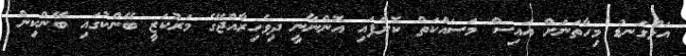
އަޅުގަނޑު މިހާތަނަށް އައިސް މަސައްކަތް ކޮށްފައި އޮންނާނީ ދިވެހިރާއްޖޭގެ މަރުކަޒީ ބޭންކުގައި ބޭންކިން